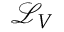
{ \mathcal { L } } _ { V }